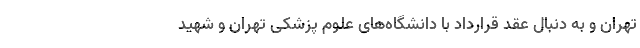
تهران و به دنبال عقد قرارداد با دانشگاه‌های علوم پزشکی تهران و شهید